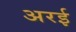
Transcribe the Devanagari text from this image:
अरई